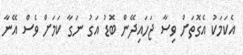
އެކަމަކު އެގޮތަށް ވިސާ ޖަހައިދޭން ބޮޑު އަގު ނަގާ ކަމަށް ވެސް އޭނާ